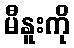
မီနူးကို